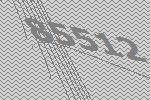
85512